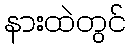
နားထဲတွင်